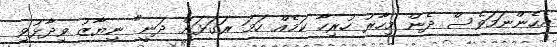
އެހެންނަމަވެސް ދެން މިހާރު ހުރިހާ ކަމެއް ހަމަ ރަގަޅަށް ދަނީ" ނިޔާޒު ވިދާޅުވި